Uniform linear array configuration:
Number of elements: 16
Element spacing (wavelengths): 0.5
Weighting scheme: binomial
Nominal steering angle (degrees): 0
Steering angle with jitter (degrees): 1.994
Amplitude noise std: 0.05
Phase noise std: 0.05

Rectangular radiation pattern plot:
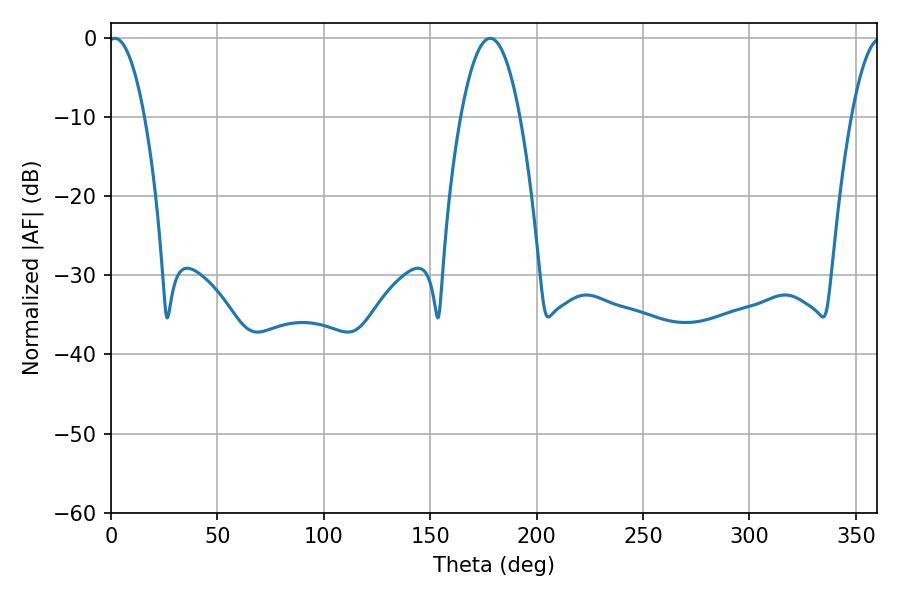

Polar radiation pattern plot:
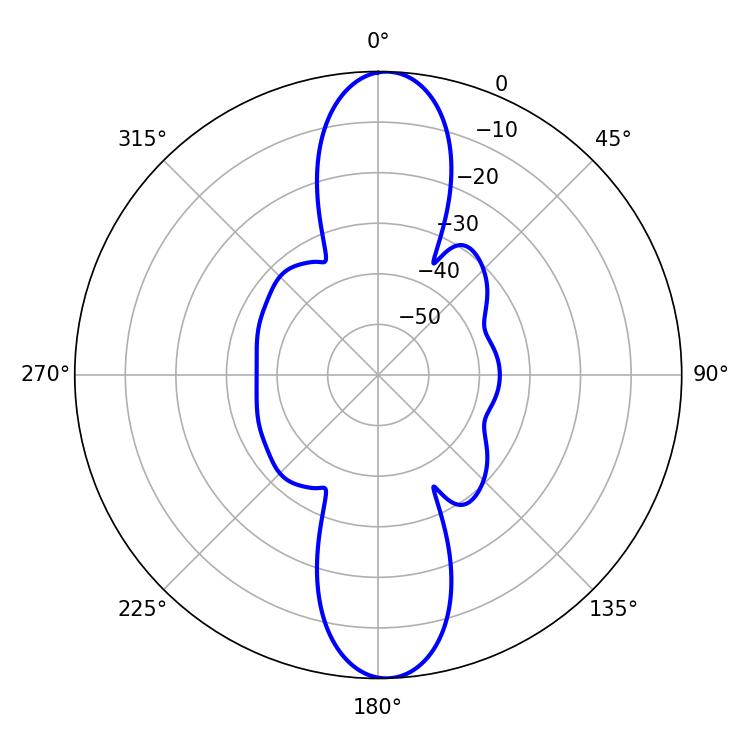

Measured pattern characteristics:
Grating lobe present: FALSE
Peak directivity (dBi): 20.484
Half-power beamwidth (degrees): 9.54
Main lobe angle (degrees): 1.8